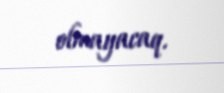
olmayacaq.